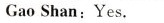
GaoShan:Yes.